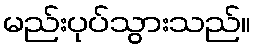
မည်းပုပ်သွားသည်။